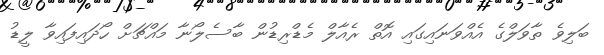
ބަލިވެ ތާވަލްގެ އެއްވަނައިގައި އޮތް ރެއާލް މެޑްރިޑުން ބާސެލޯނާ މައްޗަށް ހޯދައިފައިވާ ލީޑު